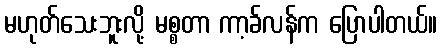
မဟုတ်သေးဘူးလို့ မစ္စတာ ကာ့ခ်လန်က ပြောပါတယ်။